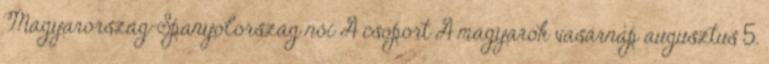
Magyarország–Spanyolország női A csoport A magyarok vasárnap augusztus 5.